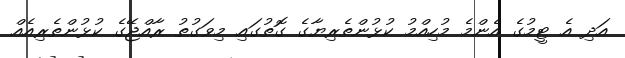
އަދި އެ ޓީމުގެ އެންމެ މުހިއްމު ކުޅުންތެރިޔާގެ ގޮތުގައި މިވަގުތު ރާއްޖޭގެ ކުޅުންތެރިއެއް